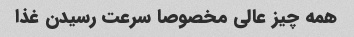
همه چیز عالی مخصوصا سرعت رسیدن غذا